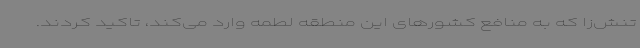
تنش‌زا که به منافع کشورهای این منطقه لطمه وارد می‌کند، تاکید کردند.